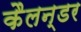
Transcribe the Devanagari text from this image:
कैलन्डर